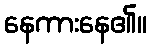
နေကားနေ၏။